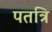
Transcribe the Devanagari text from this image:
पतत्रि